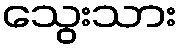
သွေးသား